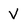
Character: V